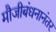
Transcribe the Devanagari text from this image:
मौजीबंधनानंतर